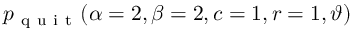
\displaystyle p _ { \mathrm { ~ q ~ u ~ i ~ t ~ } } ( \alpha = 2 , \beta = 2 , c = 1 , r = 1 , \vartheta )